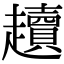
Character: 𧾥